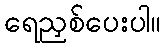
ရေညှစ်ပေးပါ။